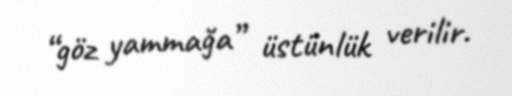
“göz yammağa” üstünlük verilir.